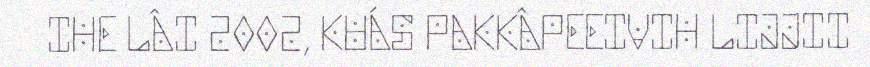
IHE LÂI 2002, KUÁS PAKKÂPEEIVIH LIJJII